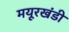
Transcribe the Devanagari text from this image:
मयूरखंडी